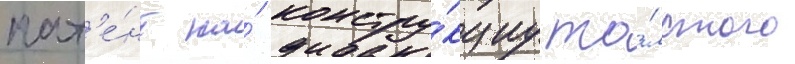
пат'е́нт на́ констру́кциу то́лстого